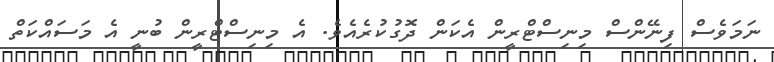
ނަމަވެސް ފިނޭންސް މިނިސްޓްރީން އެކަން ދޮގުކުރެއެވެ. އެ މިނިސްޓްރީން ބުނީ އެ މަސައްކަތް